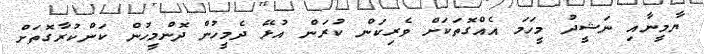
ޔާމީނާއި ނަޝީދު މީހަމަ އެއްގޮތަކަށް ވެރިކަން ކުރަން އުޅޭ ދެމީހުން ދޮންމީހުން ކަންކުރާގޮތަށް